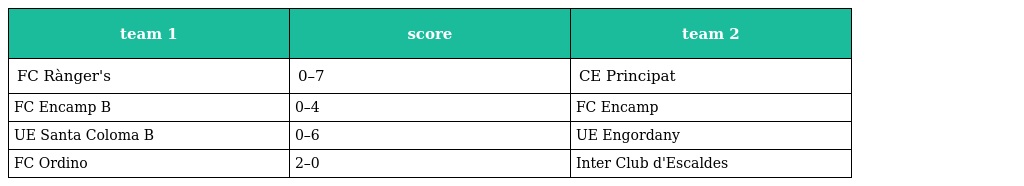
| team 1 | score | team 2 |
 | --- | --- | --- |
 | FC Rànger's | 0–7 | CE Principat |
 | FC Encamp B | 0–4 | FC Encamp |
 | UE Santa Coloma B | 0–6 | UE Engordany |
 | FC Ordino | 2–0 | Inter Club d'Escaldes |